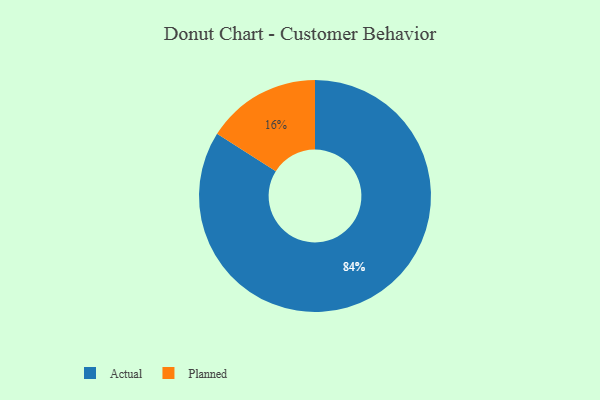
{"axis": {"x": "Category", "y": "Percentage"}, "legend": ["Actual", "Planned"], "data": [{"x": "Actual", "y": 84, "type": "Actual"}, {"x": "Planned", "y": 16, "type": "Planned"}]}